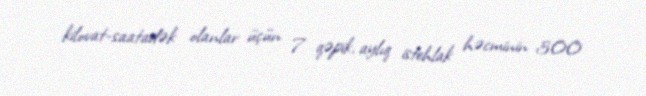
kilovat-saatadək olanlar üçün 7 qəpik, aylıq istehlak həcminin 300